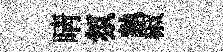
睛氛執椒